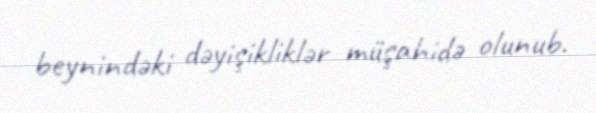
beynindəki dəyişikliklər müşahidə olunub.